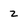
Character: z